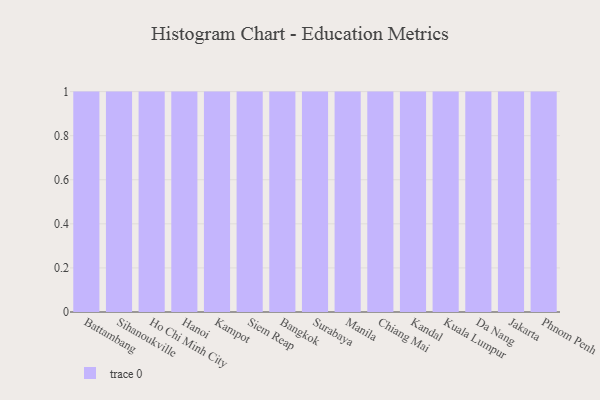
{"axis": {"x": "City", "y": "Energy Usage (MWh)"}, "legend": [""], "data": [{"x": "Battambang", "y": 57, "type": ""}, {"x": "Sihanoukville", "y": 84, "type": ""}, {"x": "Ho Chi Minh City", "y": 23, "type": ""}, {"x": "Hanoi", "y": 3, "type": ""}, {"x": "Kampot", "y": 20, "type": ""}, {"x": "Siem Reap", "y": 78, "type": ""}, {"x": "Bangkok", "y": 74, "type": ""}, {"x": "Surabaya", "y": 12, "type": ""}, {"x": "Manila", "y": 15, "type": ""}, {"x": "Chiang Mai", "y": 11, "type": ""}, {"x": "Kandal", "y": 70, "type": ""}, {"x": "Kuala Lumpur", "y": 96, "type": ""}, {"x": "Da Nang", "y": 30, "type": ""}, {"x": "Jakarta", "y": 50, "type": ""}, {"x": "Phnom Penh", "y": 2, "type": ""}]}